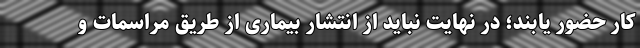
کار حضور یابند؛ در نهایت نباید از انتشار بیماری از طریق مراسمات و